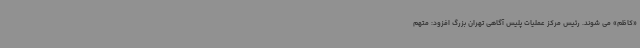
«کاظم» می شوند. رئیس مرکز عملیات پلیس آگاهی تهران بزرگ افزود: متهم